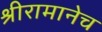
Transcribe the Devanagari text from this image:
श्रीरामानेच